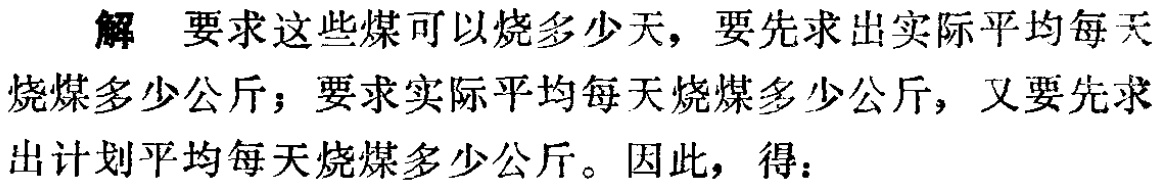
解 要求这些煤可以烧多少天，要先求出实际平均每天烧煤多少公斤；要求实际平均每天烧煤多少公斤，又要先求出计划平均每天烧煤多少公斤。因此，得：